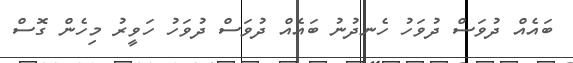
ބައެއް ދުވަސް ދުވަހު ހެނދުނު ބައެއް ދުވަސް ދުވަހު ހަވީރު މިހެން ގޮސް